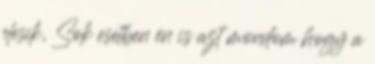
elesik, Sok esetben én is azt mondom hogy a